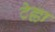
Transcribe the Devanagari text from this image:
टेल्ला